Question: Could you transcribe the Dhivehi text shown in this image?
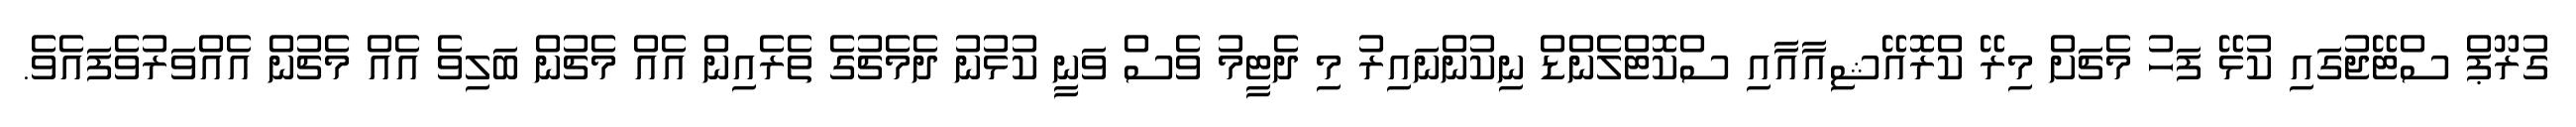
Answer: ގުރޫޕް ސްޓޭޖުގައި ކުޅޭ ފަހު މެޗަށް މިރޭ ކްރޮއޭޝިއާއާއި ސްކޮޓްލެންޑް ނިކުންނައިރު މި ދެޓީމު ވެސް ވަނީ ކުޅުނު ދެމެޗުގެ ތެރެއިން އެއް މެޗުން ބަލިވެ އެއް މެޗުން އެއްވަރުވެފައެވެ.